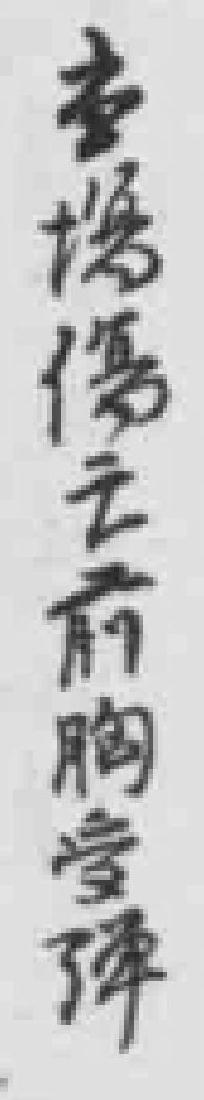
当場傷亡前胸堂彈